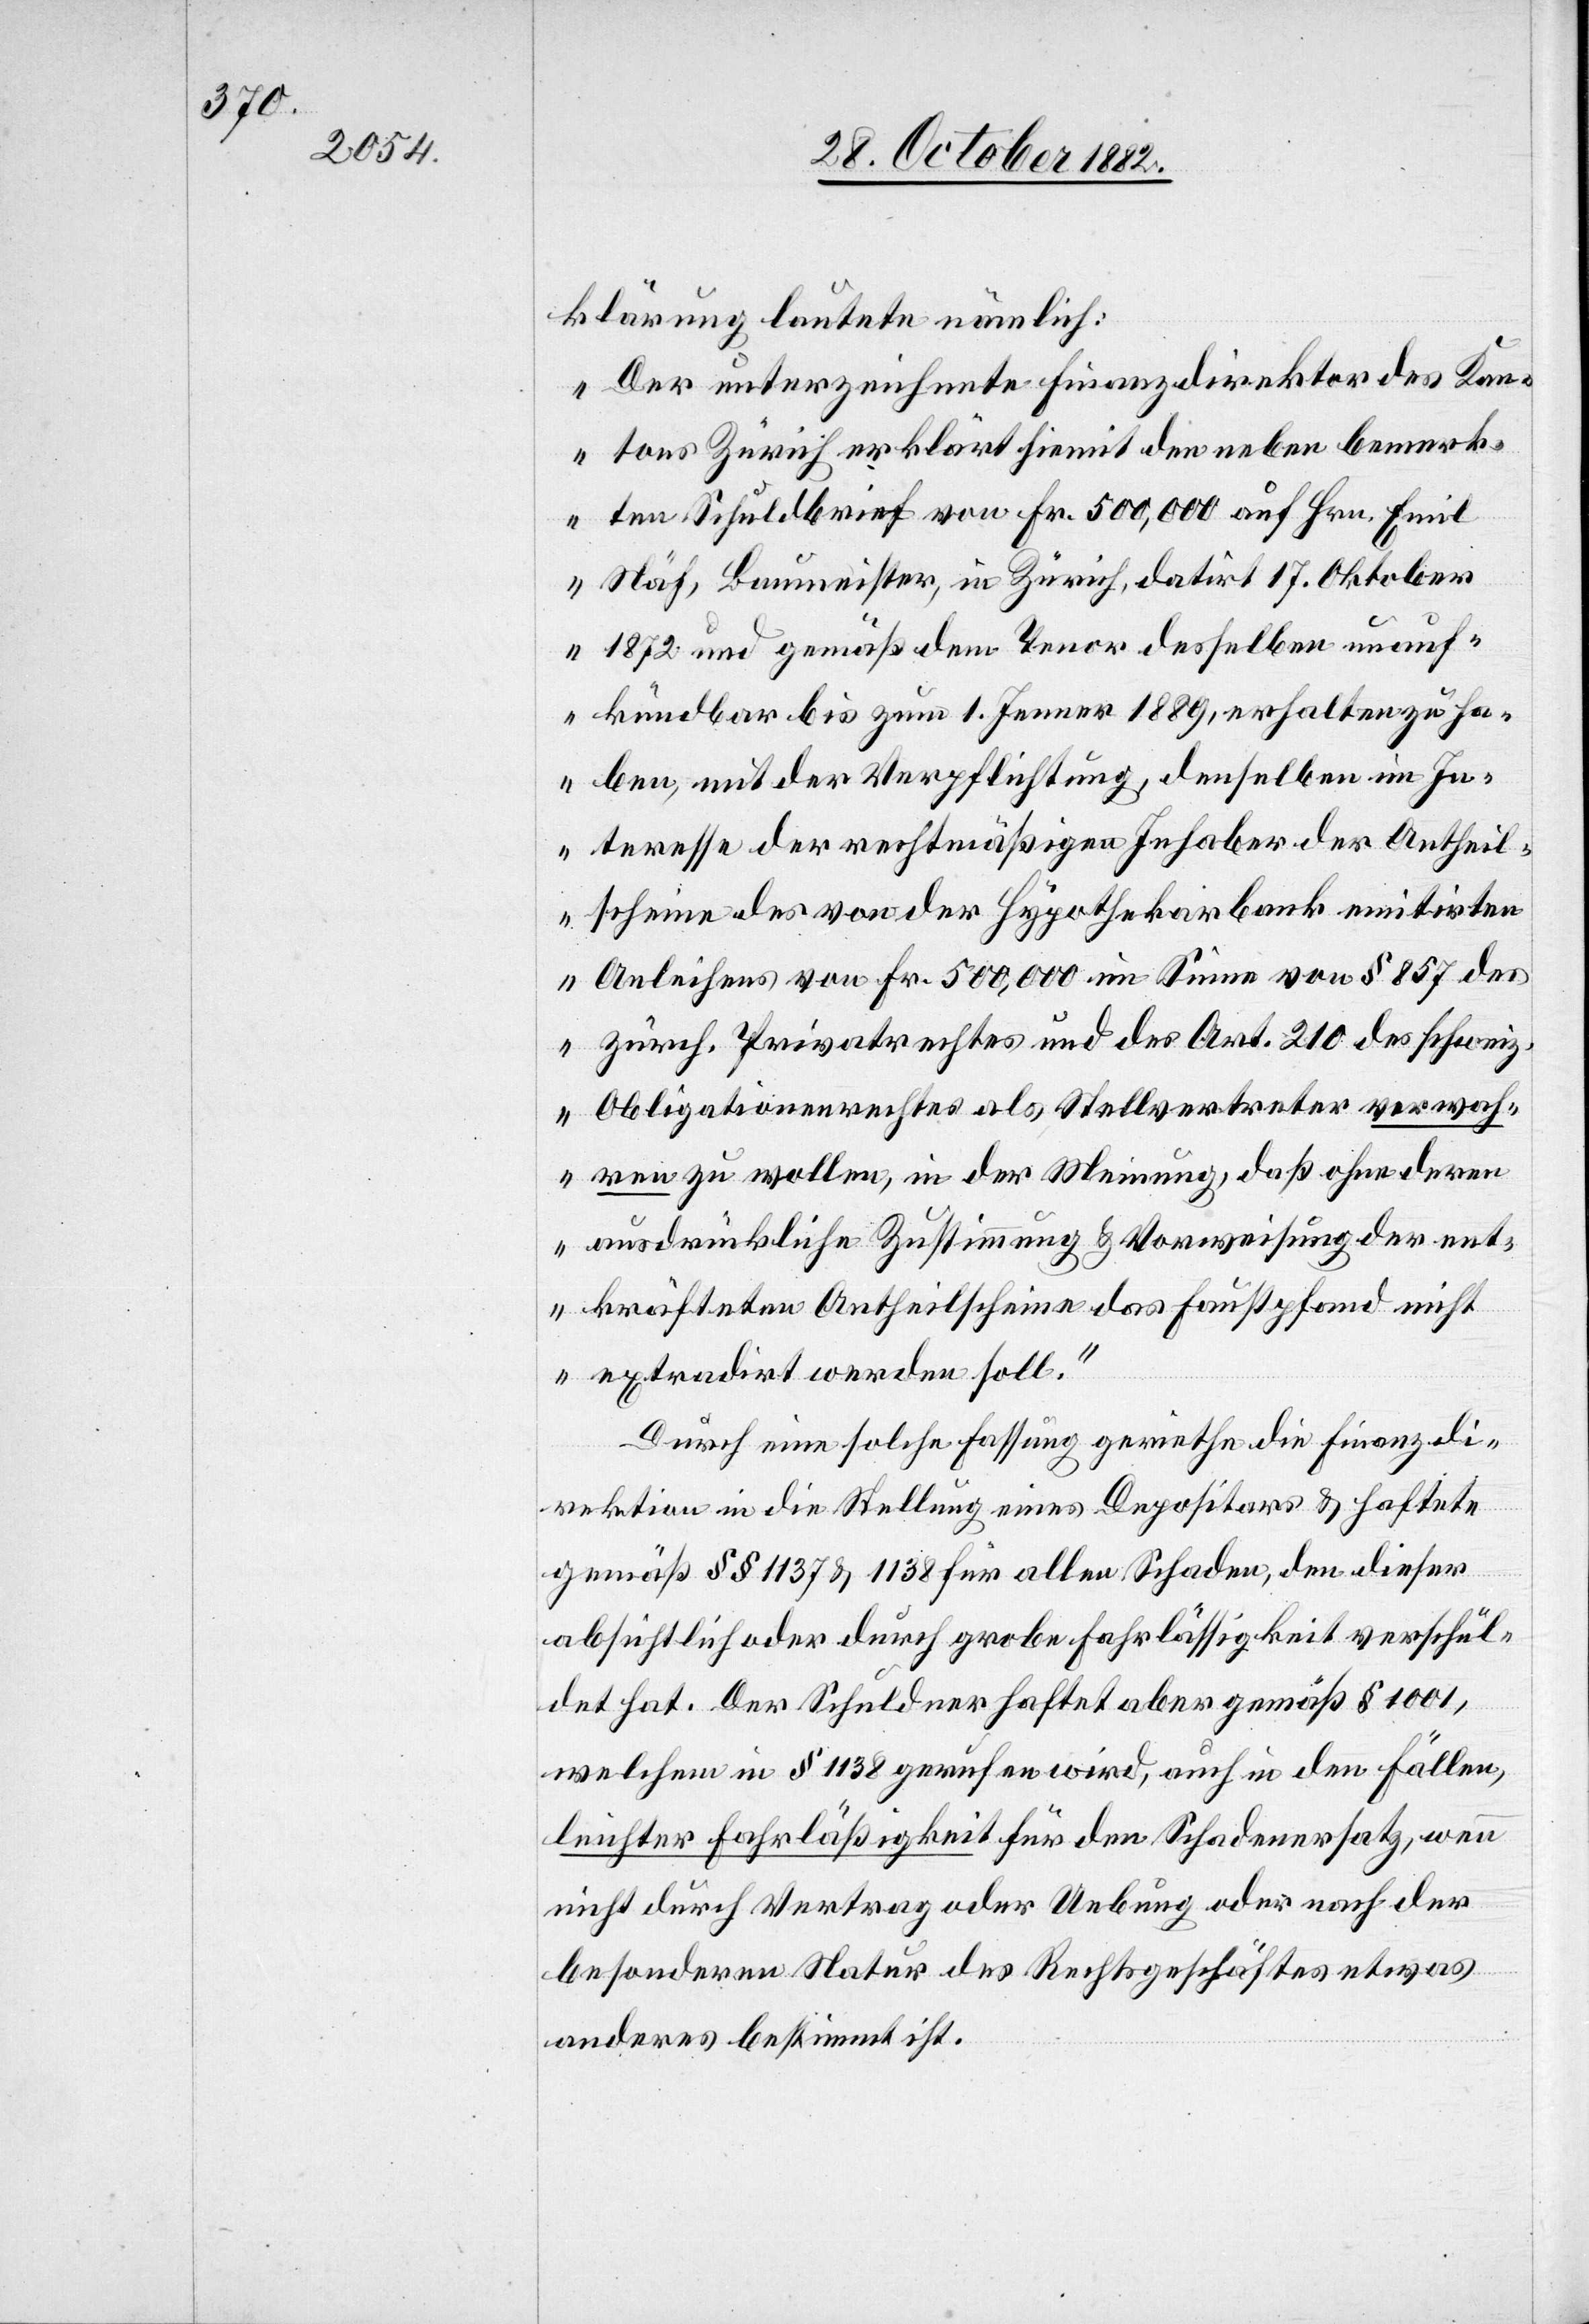
klärung lautete nämlich:
„Der unterzeichnete Finanzdirektor des Kan¬
tons Zürich erklärt hiemit den neben bemerk¬
ten Schuldbrief von Fr. 500,000 auf Hrn. Emil
Näf, Baumeister, in Zürich, datirt 17. Oktober
1872 und gemäß dem Tenor desselben unauf¬
kündbar bis zum 1. Jenner 1889, erhalten zu ha¬
ben, mit der Verpflichtung, denselben im In¬
teresse der rechtmäßigen Inhaber der Antheil¬
scheine des von der Hypothekarbank emitirten
Anleihens von Fr. 500,000 im Sinne von § 857 des
zürch. Privatrechtes und des Art. 210 des schweiz.
Obligationenrechtes als Stellvertreter verwah¬
ren zu wollen, in der Meinung, daß ohne deren
ausdrückliche Zustimmung & Vorweisung der ent¬
kräfteten Antheilscheine das Faustpfand nicht
extradirt werden soll.“
Durch eine solche Fassung geriethe die Finanzdi¬
rektion in die Stellung eines Depositors & haftet
gemäß §§ 1137 & 1138 für allen Schaden, den dieser
absichtlich oder durch grobe Fahrlässigkeit verschul¬
det hat. Der Schuldner haftet aber gemäß 1 1101,
welchem in § 1138 gerufen wird, auch in den Fällen
leichter Fahrläßigkeit für den Schadenersatz, wenn
nicht durch Vertrag oder Uebung oder nach der
besonderen Natur des Rechtsgeschäftes etwas
anderes bestimmt ist.